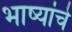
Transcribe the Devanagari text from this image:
भाष्यांचे